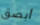
أبصق